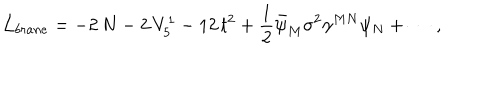
LaTeX: \mathcal { L } _ { b r a n e } = - 2 \, N - 2 \, V _ { 5 } ^ { 1 } - 1 2 \, t ^ { 2 } + \frac { 1 } { 2 } \bar { \psi } _ { M } \sigma ^ { 2 } \gamma ^ { M N } \psi _ { N } + \cdots \, ,